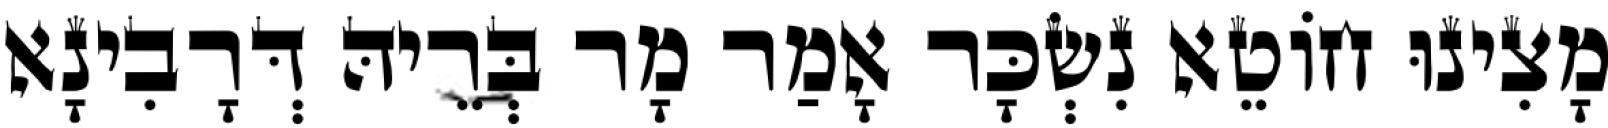
מָצִינוּ חוֹטֵא נִשְׂכָּר אָמַר מָר בְּרֵיהּ דְּרָבִינָא